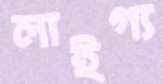
লাইগ্য